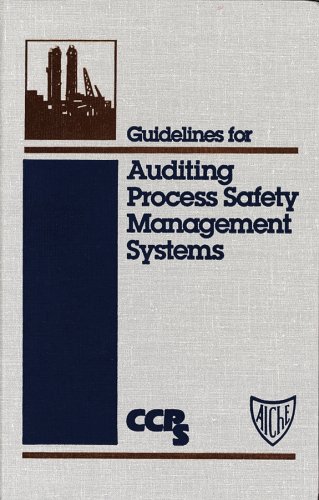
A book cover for Guidelines for Auditing Process Safety Management Systems; Center for Chemical Process Safety (CCPS; Science & Math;